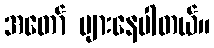
အတော် များနေပါတယ်။